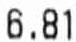
6.81